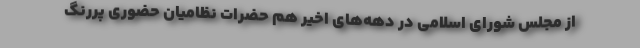
از مجلس شورای اسلامی در دهه‌های اخیر هم حضرات نظامیان حضوری پررنگ